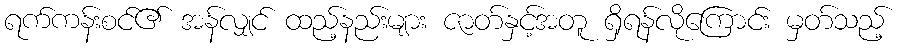
ရက်ကန်းစင်၏ အန်လျှင် ထည့်နည်းများ ဇာတ်နှင့်အတူ ရှိရန်လိုကြောင်း မှတ်သည့်